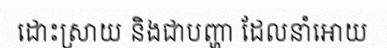
ដោះស្រាយ និងជាបញ្ហា ដែលនាំអោយ